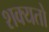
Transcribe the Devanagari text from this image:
शक्‍यतो